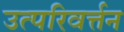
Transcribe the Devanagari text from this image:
उत्परिवर्त्तन